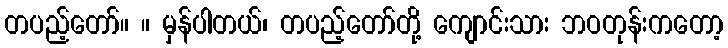
တပည့်တော်။ ။ မှန်ပါတယ်၊ တပည့်တော်တို့ ကျောင်းသား ဘဝတုန်းကတော့